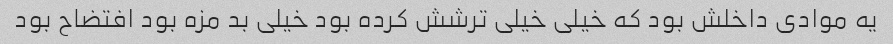
یه موادی داخلش بود که خیلی خیلی ترشش کرده بود خیلی بد مزه بود افتضاح بود